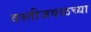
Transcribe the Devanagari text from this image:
वस्तीजवळच्या